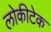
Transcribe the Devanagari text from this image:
लोकीटेक